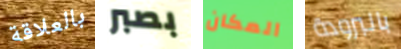
بالعلاقة بصبر المكان بالبرودة